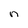
Character: n